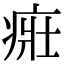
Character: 𤶜